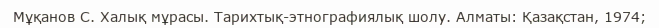
Мұқанов С. Халық мұрасы. Тарихтық-этнографиялық шолу. Алматы: Қазақстан, 1974;